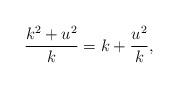
LaTeX: \begin{align*}\frac{k^2+u^2}{k} = k+\frac{u^2}{k},\end{align*}